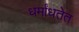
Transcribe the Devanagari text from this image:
धर्मांधतेत